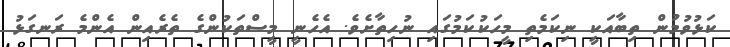
ކަޅުވުމުން ތިބާއަކީ ނިކަމެތި މީހަކުކަމުގައި ނުހިތާށެވެ. އެހެނީ މީސްތަކުންގެ ތެރެއިން އެންމެ ރަނގަޅު